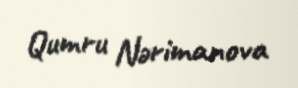
Qumru Nərimanova